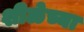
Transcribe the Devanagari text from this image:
शीळेच्या